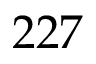
2 2 7